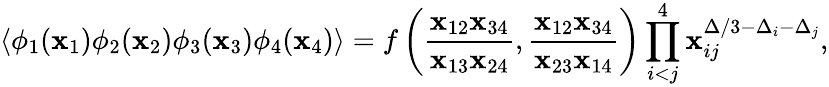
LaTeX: \langle\phi_{1}(\mathbf{x}_{1})\phi_{2}(\mathbf{x}_{2})\phi_{3}(\mathbf{x}_{3})\phi_{4}(\mathbf{x}_{4})\rangle=f\left(\frac{{\mathbf{x}_{12}\mathbf{x}_{34}}}{{\mathbf{x}_{13}\mathbf{x}_{24}}},\frac{{\mathbf{x}_{12}\mathbf{x}_{34}}}{{\mathbf{x}_{23}\mathbf{x}_{14}}}\right)\prod_{i<j}^{4}\mathbf{x}_{ij}^{\Delta/3-\Delta_{i}-\Delta_{j}},